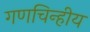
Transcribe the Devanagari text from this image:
गणचिन्हीय